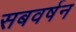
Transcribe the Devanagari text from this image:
सबवर्षन